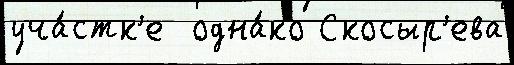
уча́стк'е  одна́ко Скосыр'ева